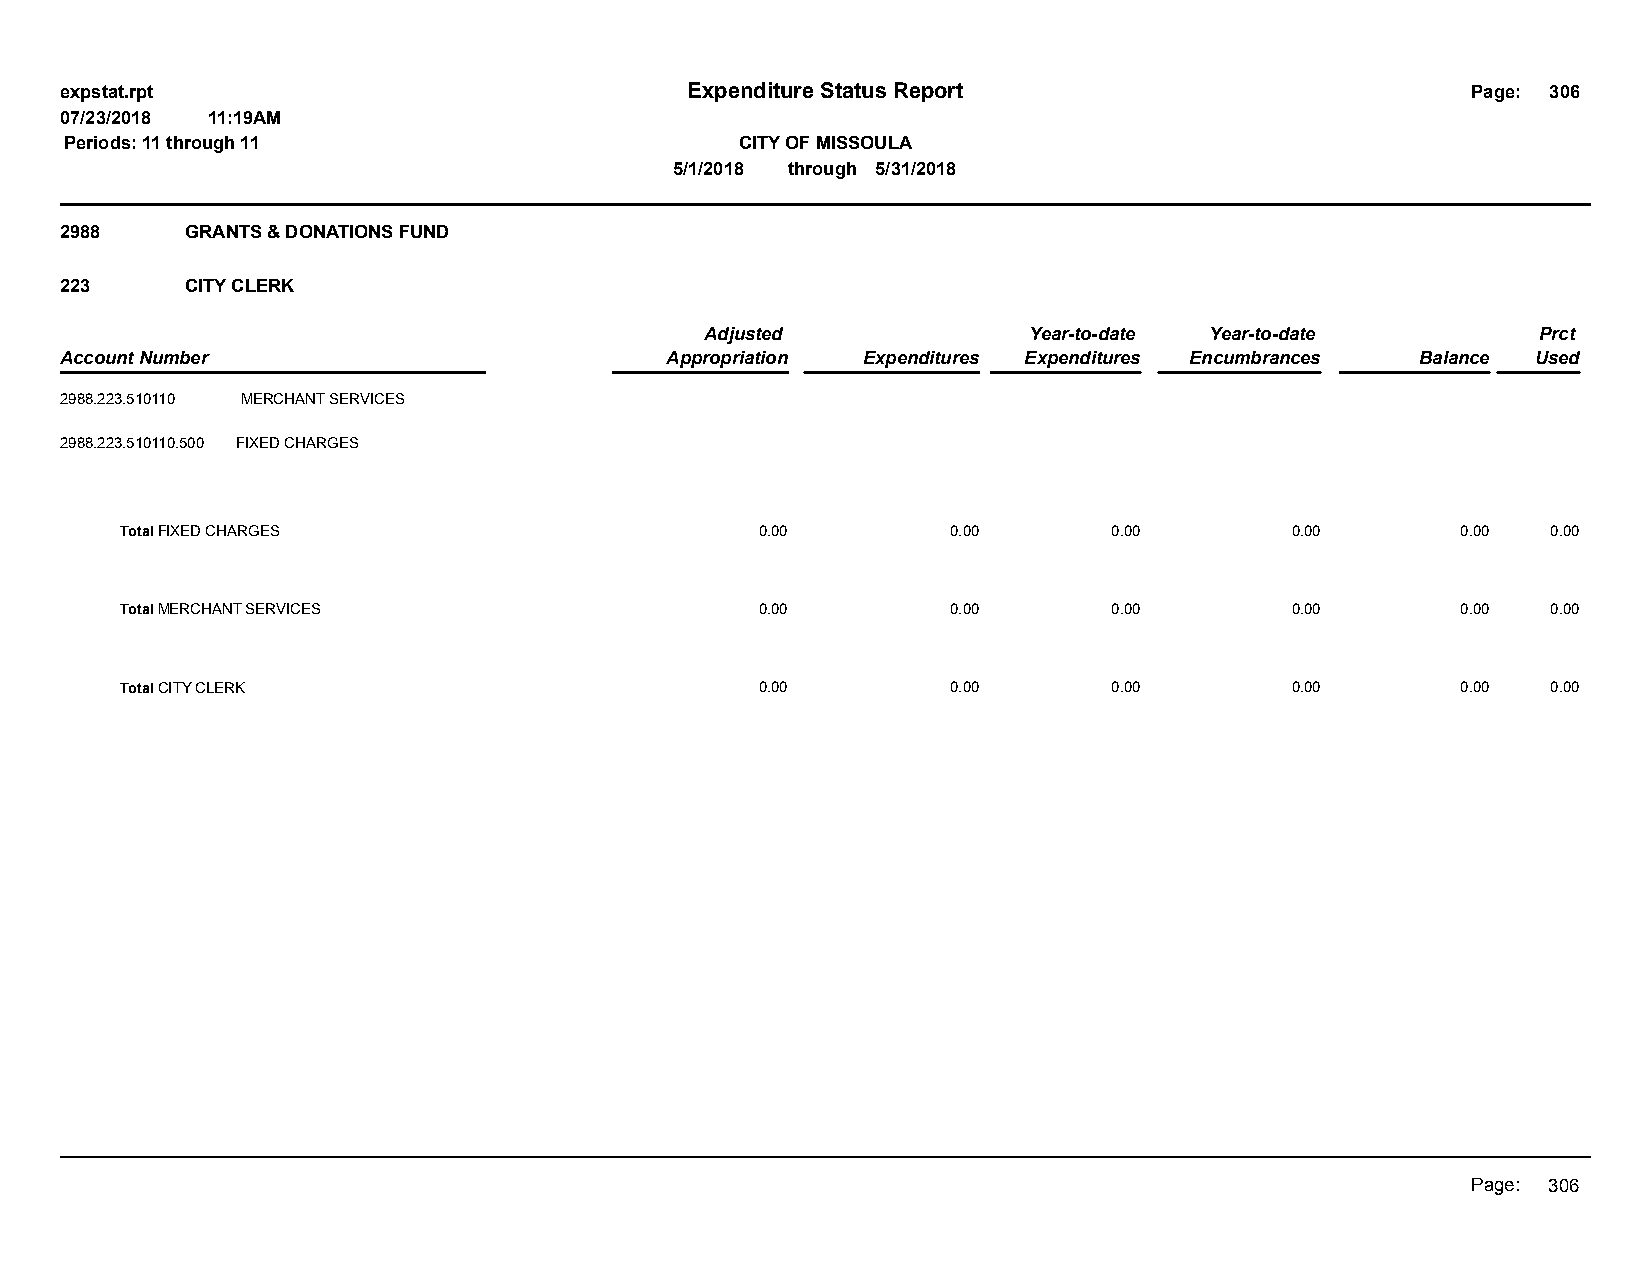
expstat.rpt                              Expenditure Status Report                           Page: 306
 07/23/2018 11:19AM
 Periods: 11 through 11                       CITY OF MISSOULA
 5/1/2018 through 5/31/2018
 2988    GRANTS & DONATIONS FUND
 223     CITY CLERK
 Adjusted             Year-to-date Year-to-date         Prct
 Account Number                          Appropriation Expenditures Expenditures Encumbrances Balance Used
 2988.223.510110 MERCHANT SERVICES
 2988.223.510110.500 FIXED CHARGES
 Total FIXED CHARGES                       0.00         0.00       0.00       0.00        0.00  0.00
 Total MERCHANT SERVICES                   0.00         0.00       0.00       0.00        0.00  0.00
 Total CITY CLERK                          0.00         0.00       0.00       0.00        0.00  0.00
 Page: 306